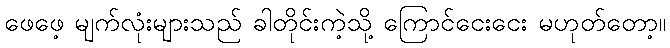
ဖေဖေ့ မျက်လုံးများသည် ခါတိုင်းကဲ့သို့ ကြောင်ငေးငေး မဟုတ်တော့။